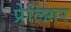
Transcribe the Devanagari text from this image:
प्रेलिंगर